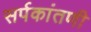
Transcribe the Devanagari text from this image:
सर्पकांतणी